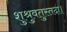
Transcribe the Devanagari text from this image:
शुश्रुवतुस्तदा।